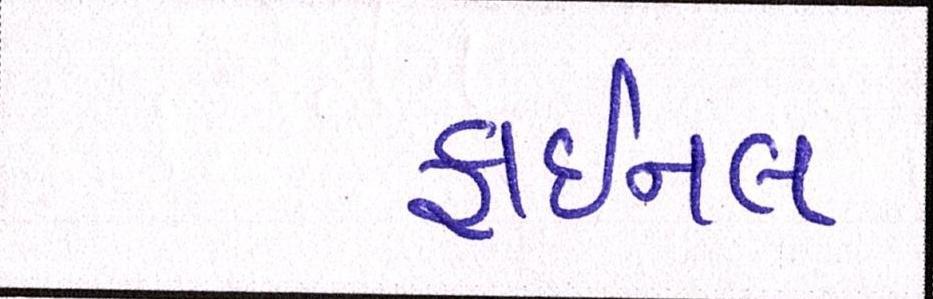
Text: ફાઈનલ